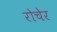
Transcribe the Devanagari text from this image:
रोचेर